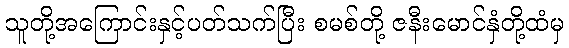
သူတို့အကြောင်းနှင့်ပတ်သက်ပြီး စမစ်တို့ ဇနီးမောင်နှံတို့ထံမှ